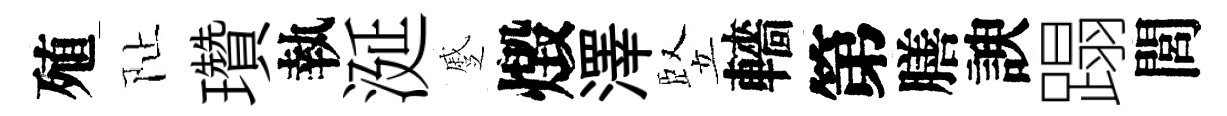
殖阯瓚執涎蹙燬澤竪轖第膳諛蹋閭